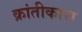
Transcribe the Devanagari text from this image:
क्रांतीकारा